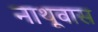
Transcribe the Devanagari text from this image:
नाथूवास